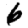
Digit: 6